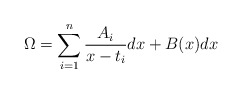
\begin{align*}\Omega=\sum_{i=1}^n\frac{A_i}{x-t_i}dx+B(x)dx\end{align*}